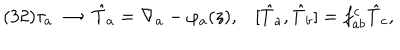
( 3 2 ) \tau _ { a } \; \to \; \hat { T } _ { a } = \nabla _ { a } - \varphi _ { a } ( z ) , [ \hat { T } _ { a } , \hat { T } _ { b } ] = f _ { a b } ^ { c } \hat { T } _ { c } ,